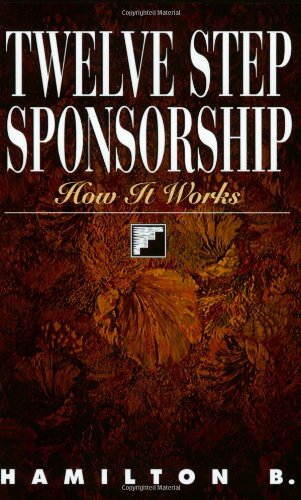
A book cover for Twelve Step Sponsorship: How It Works; Hamilton B.; Self-Help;